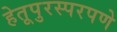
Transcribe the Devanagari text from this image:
हेतूपुरस्परपणे